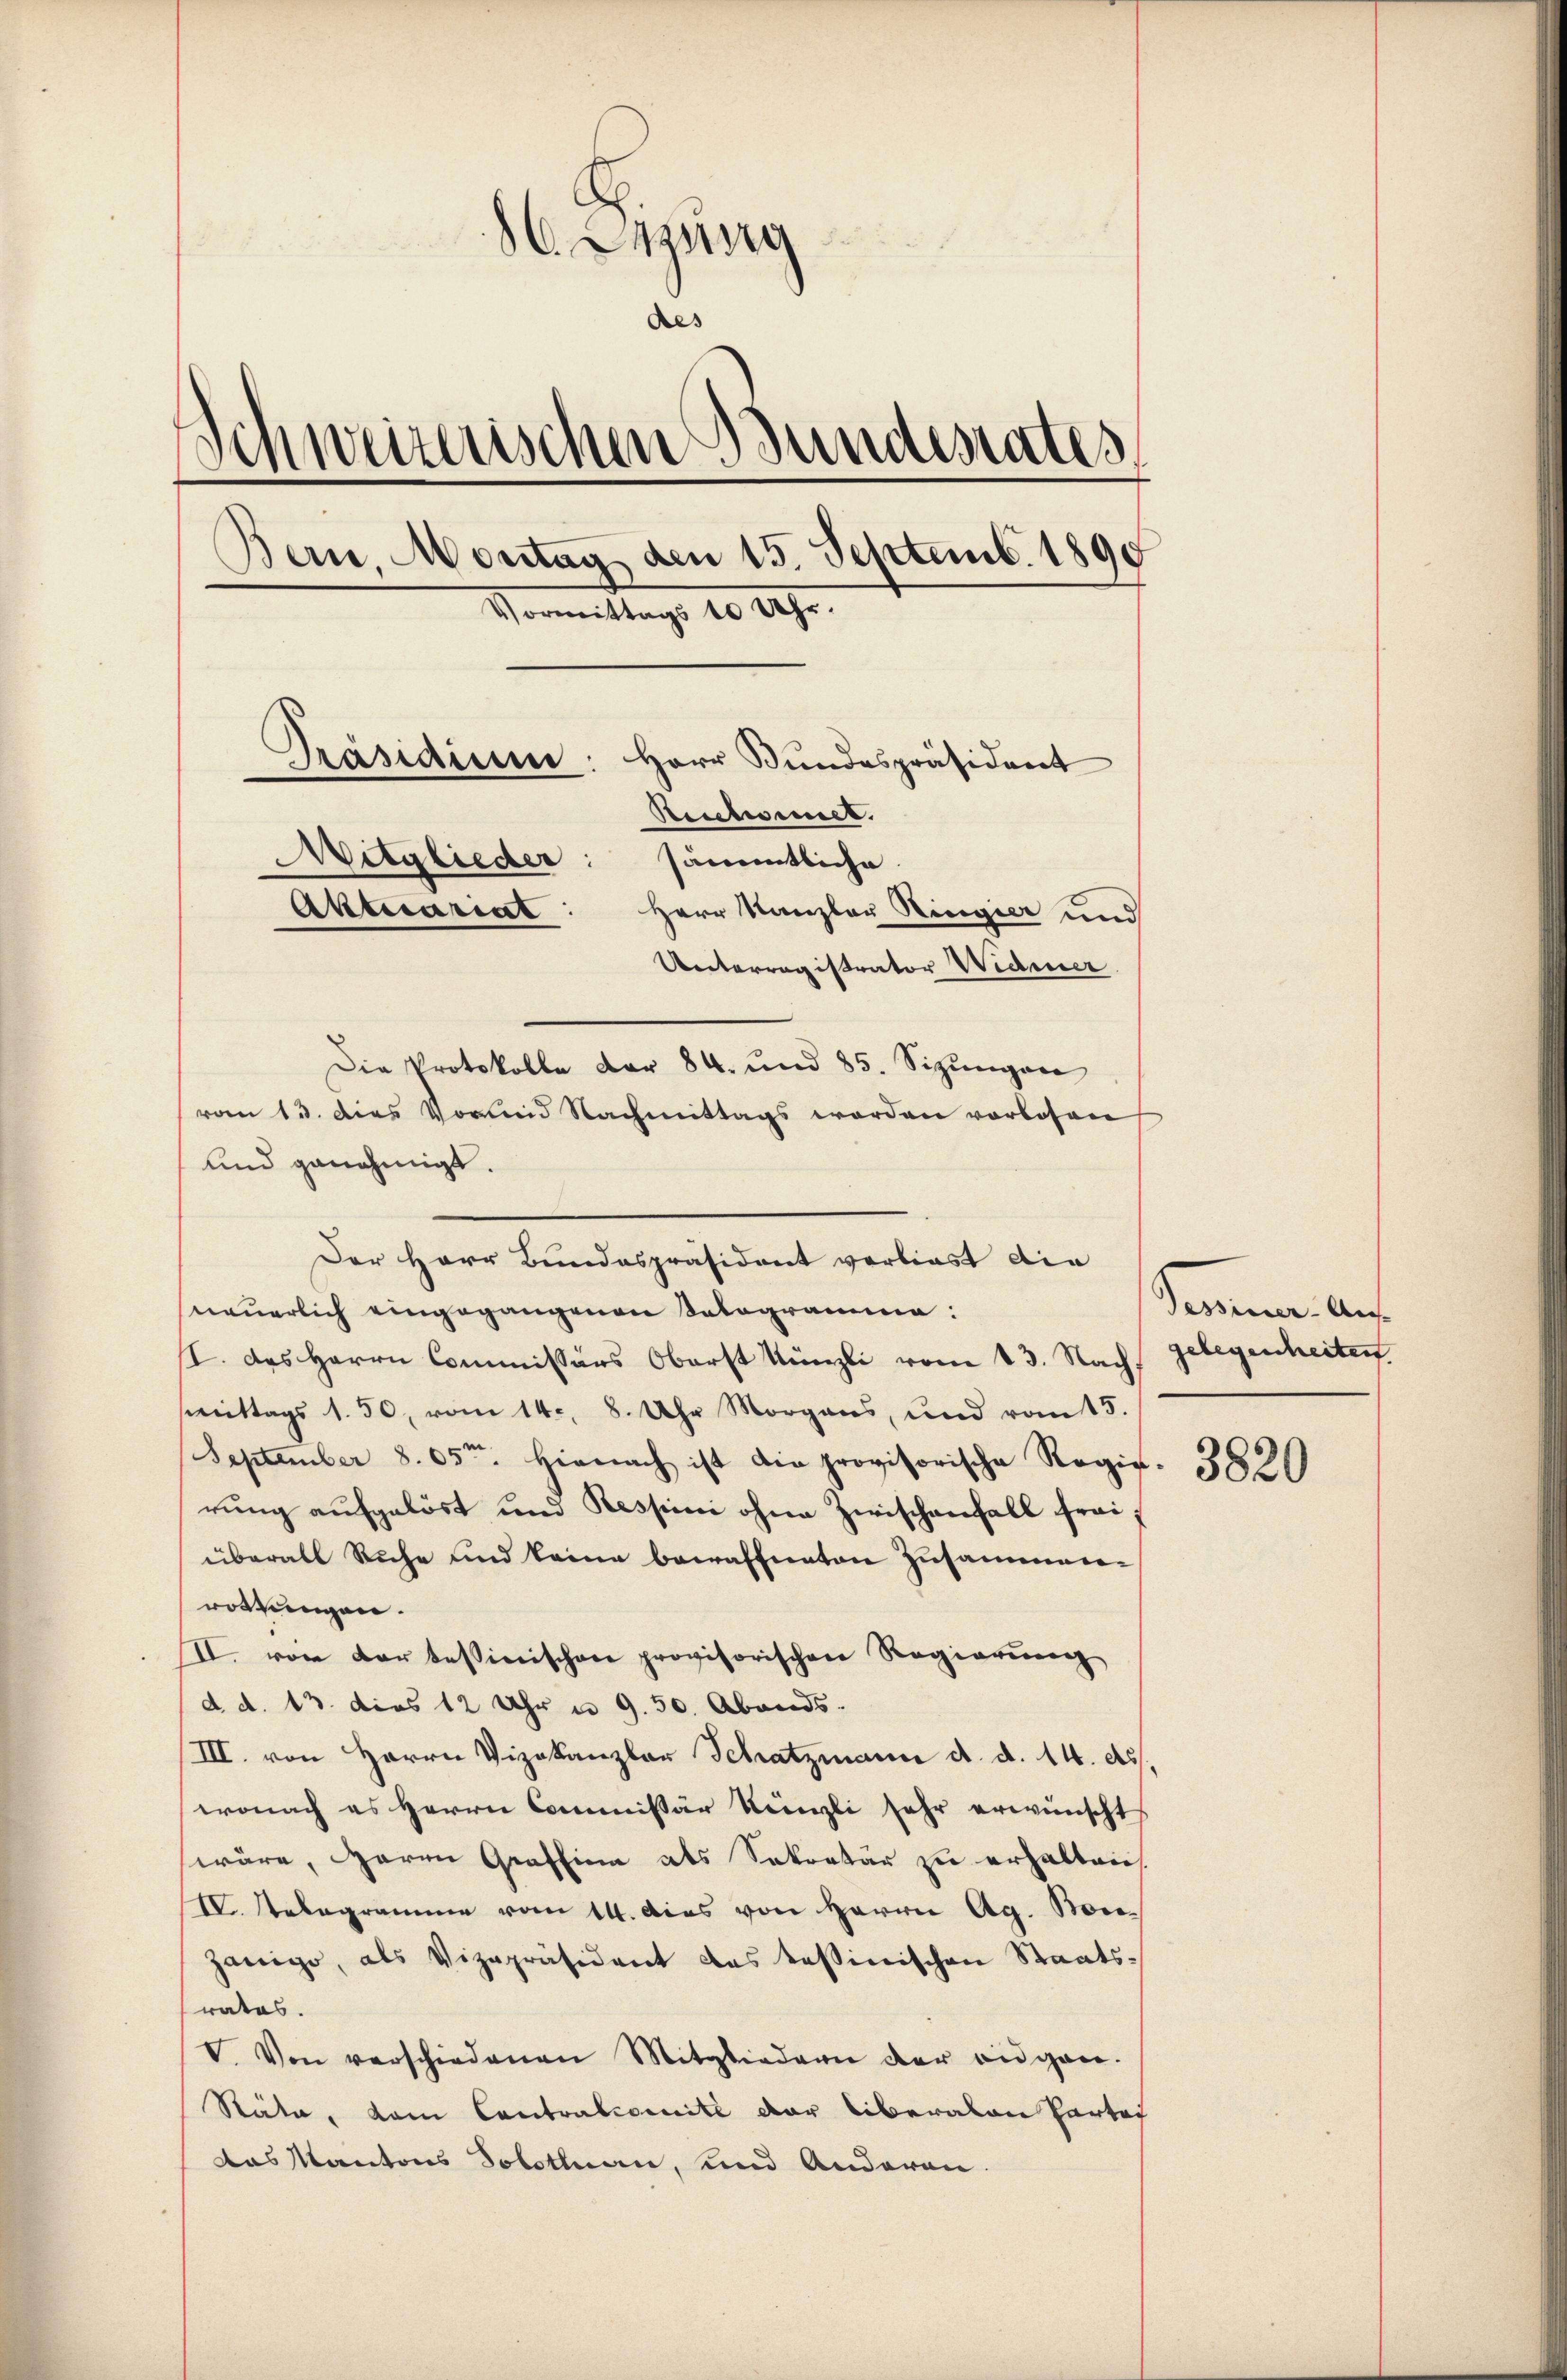
86 Sitzung
des
Schweizerischen Bunderates
Bern, Montag den 15. Septemb. 1890
Vormittags 10 Uhr.
Präsidium: Herr Bundespräsident
Beschier.
Mitglieder: sämmtliche
Aktuariat
Herr Kanzler Ringier und
Unterregistrator Widmer

von 13. dies Vorund Nachmittags werden vorlesen
und genehmigt.
Der Herr Bundespräsident vorliest die
neuerlich eingegangenen Salogramme:
I. des Herrn Commissärs Oberst Künzli vom 13. Nach gelegenheiten.
smittags 1. 50, vom 14. 8. Uhr Morgans, und vom 15.
September 8. 05t. Hienach ist die provisorische Regie-
rung aufgelöst und Respini ohne Zwischenfall frai
überall Ruhe und keine bewaffneten Zusammen-
röttungen.
II. von der tessinischen provisorischen Regierung
d. d. 13. dies 12 Uhr u. 9. 50. Abends.
III. von Herrn Vizekanzlar Schatzmann d. d. 14. ds.
wonach es Herrn Commissär Künzli sehr erwünscht
wäre, Herrn Graffina als Sekretär zu erhalten.
IV. Relegramme vom 14. Das von Herrn Ag. Borzanigo, als Vizepräsident das tessinischen Staatsrates.
V. Von verschiedenen Mitgliedern der angen.
Stäte, dem Contralcomite der liberaten Partof
das Kantons Solothurn, und Anderen.

Die Protokolle dar 84. und 85. Sizungen

Semine An

3820